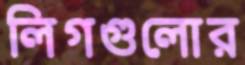
লিগগুলোর